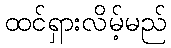
ထင်ရှားလိမ့်မည်